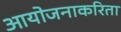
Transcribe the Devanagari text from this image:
आयोजनाकरिता